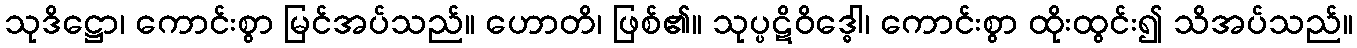
သုဒိဋ္ဌော၊ ကောင်းစွာ မြင်အပ်သည်။ ဟောတိ၊ ဖြစ်၏။ သုပ္ပဋိဝိဒ္ဓေါ၊ ကောင်းစွာ ထိုးထွင်း၍ သိအပ်သည်။